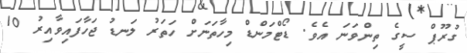
ގުރޫޕް ސީގެ ތިންވަނަ އެވެ. ޑޯޓްމަންޑް މިހާތަނަށް ހަތަރު ލަނޑު ޖަހާފައިވާއިރު 10